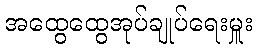
အထွေထွေအုပ်ချုပ်ရေးမှူး